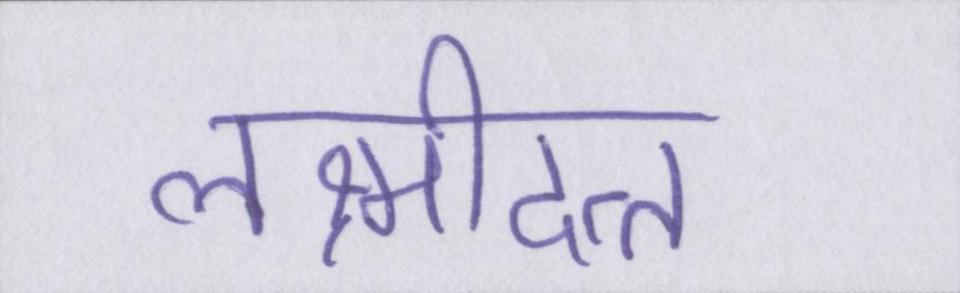
लक्ष्मीदत्त